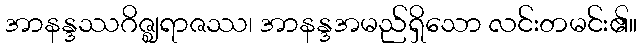
အာနန္ဒဿဂိဇ္ဈရာဇဿ၊ အာနန္ဒအမည်ရှိသော လင်းတမင်း၏။